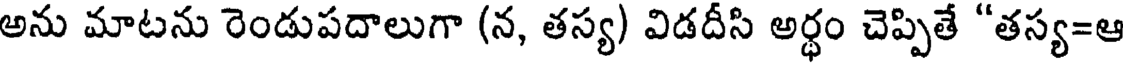
అను మాటను రెండుపదాలుగా (న, తస్య) విడదీసి అర్ధం చెప్పితే "తస్య=ఆ